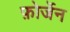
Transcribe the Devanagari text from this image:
फ़ोर्जेन